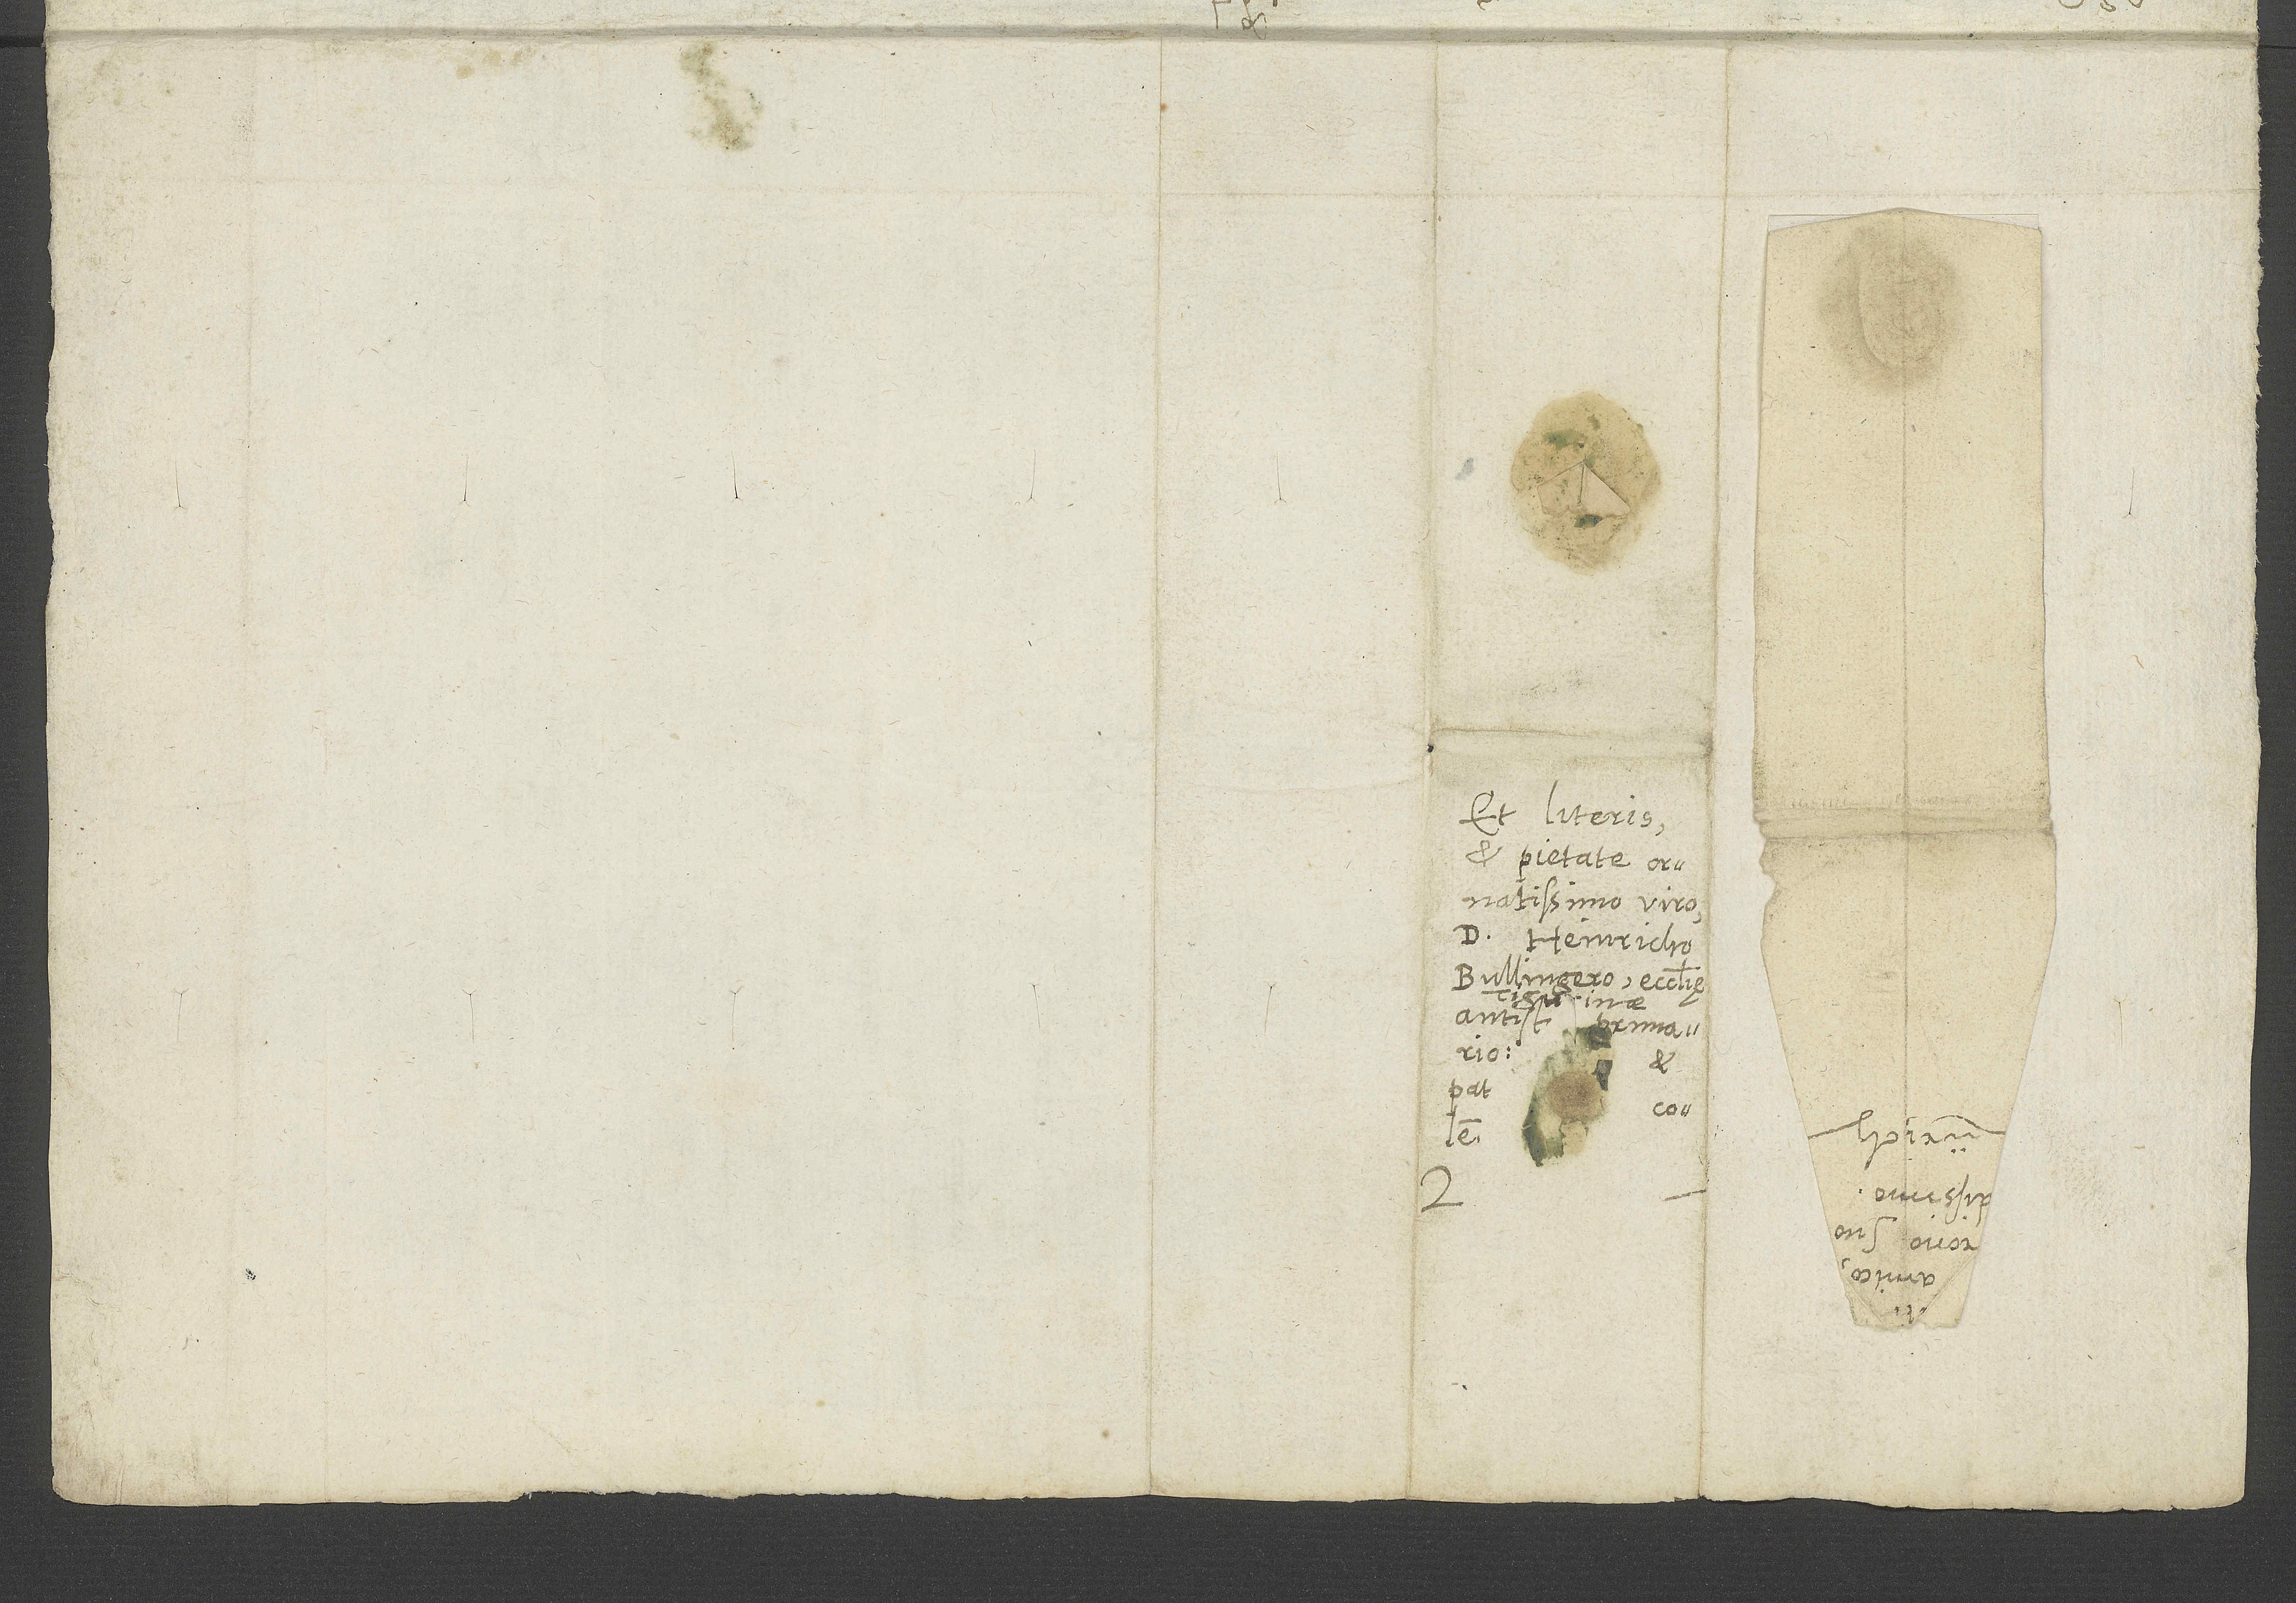
Et literis
et pietate
ornatissimo viro
d. Heinricho
Bullingero, ecclesię
Tigurinae
antistiti primario,